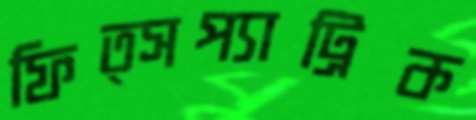
ফিত্সপ্যাট্রিক